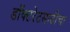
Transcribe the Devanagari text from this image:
डॉक्टरेटसाठीचा